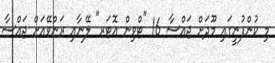
މި ކުންފުނީގައި މޫދަށް ޖައްސާ 16 "ޓްވިން އޮޓަރ" ލޭނާއި ރަންވޭއަށް ޖައްސާ